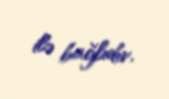
ilə bağlıdır.